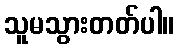
သူမသွားတတ်ပါ။